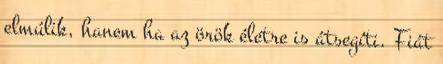
elmúlik, hanem ha az örök életre is átsegíti. Fiát